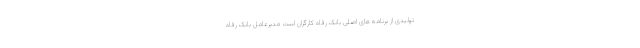
تولیدی از برنامه های اصلی بانک رفاه کارگران است مدیرعامل بانک رفاه